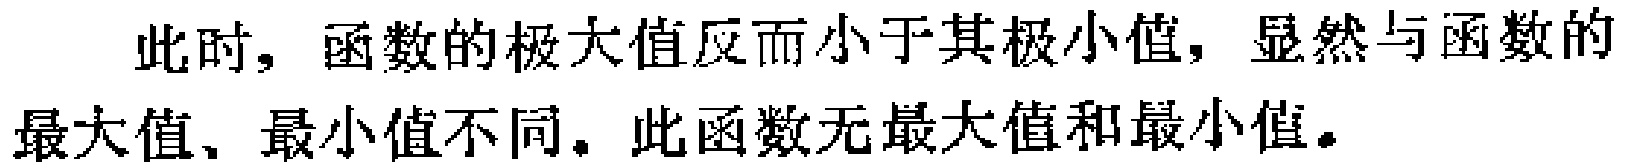
此时，函数的极大值反而小于其极小值，显然与函数的最大值、最小值不同。此函数无最大值和最小值。